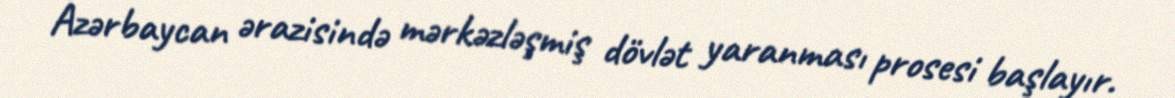
Azərbaycan ərazisində mərkəzləşmiş dövlət yaranması prosesi başlayır.